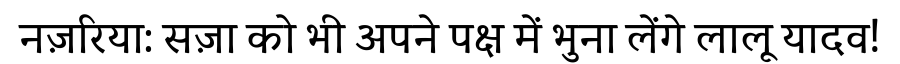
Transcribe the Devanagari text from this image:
नज़रिया: सज़ा को भी अपने पक्ष में भुना लेंगे लालू यादव!